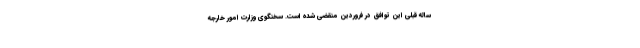
ساله قبلی این توافق در فروردین منقضی شده است. سخنگوی وزارت امور خارجه